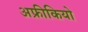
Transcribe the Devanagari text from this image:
अफ्रीकियो